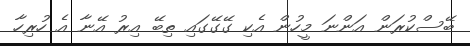
ބޭސްކުރަން އަންނަ މީހުން އެކި ގޭގޭގައި ތިބޭ އިރު އޭނާ އެ ހުރިހާ